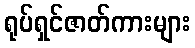
ရုပ်ရှင်ဇာတ်ကားများ